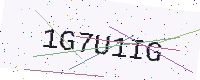
Text: 1G7U1IG